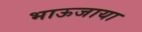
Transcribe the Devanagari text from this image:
भाऊजाया